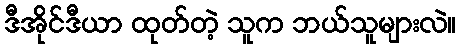
ဒီအိုင်ဒီယာ ထုတ်တဲ့ သူက ဘယ်သူများလဲ။